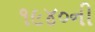
૧૯૪૦ની